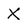
Character: X